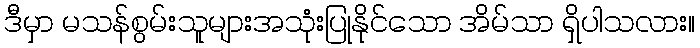
ဒီမှာ မသန်စွမ်းသူများအသုံးပြုနိုင်သော အိမ်သာ ရှိပါသလား။